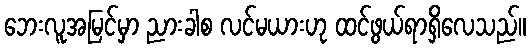
ဘေးလူအမြင်မှာ ညားခါစ လင်မယားဟု ထင်ဖွယ်ရာရှိလေသည်။